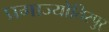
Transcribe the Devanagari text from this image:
प्रगाज्योतिस्पुर्